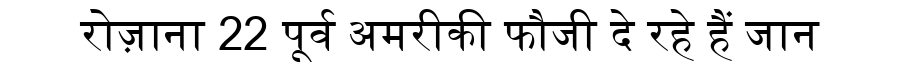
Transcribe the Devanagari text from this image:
रोज़ाना 22 पूर्व अमरीकी फौजी दे रहे हैं जान